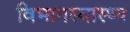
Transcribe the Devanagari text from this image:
विभागस्वास्थ्य